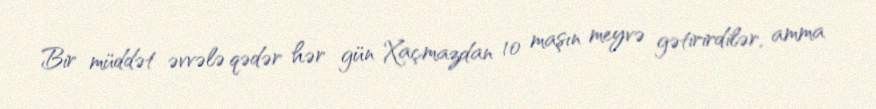
Bir müddət əvvələ qədər hər gün Xaçmazdan 10 maşın meyvə gətirirdilər, amma